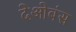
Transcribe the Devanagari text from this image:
देओबंस